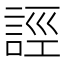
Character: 誙